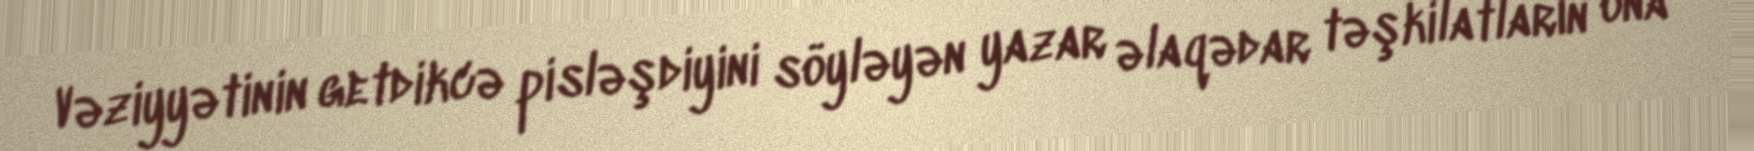
Vəziyyətinin getdikcə pisləşdiyini söyləyən yazar əlaqədar təşkilatların ona